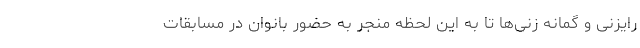
رایزنی و گمانه زنی‌ها تا به این لحظه منجر به حضور بانوان در مسابقات